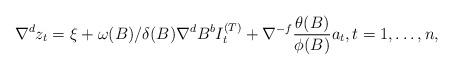
LaTeX: \begin{align*}\nabla^d z_t =\xi+\omega(B)/\delta(B) \nabla^d B^b I_t^{(T)} +\nabla^{-f} \frac{\theta(B)}{\phi(B)} a_t,t=1,\ldots,n,\end{align*}